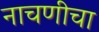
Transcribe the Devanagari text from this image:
नाचणीचा